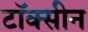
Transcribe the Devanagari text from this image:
टॉक्सीन